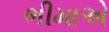
ભીમાએ